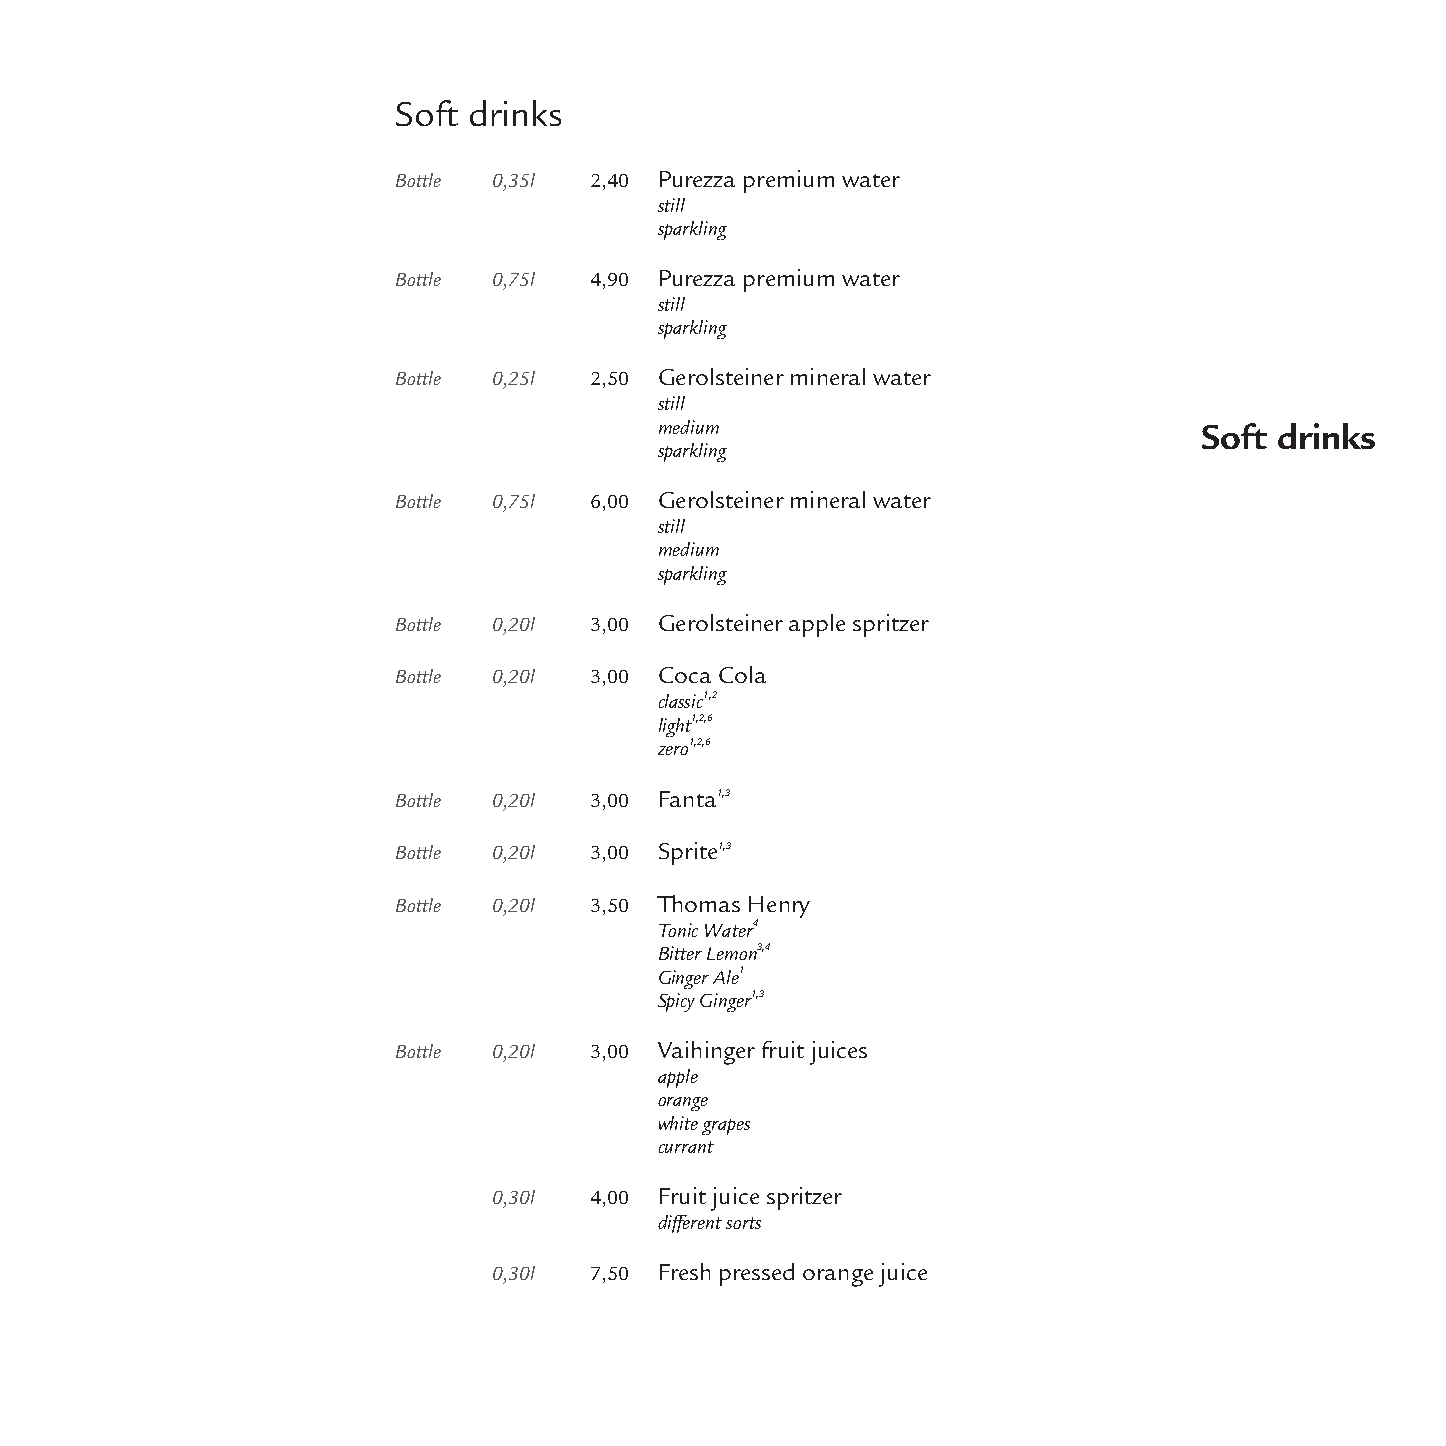
Soft drinks
 Bottle 0,35l 2,40 Purezza premium water
 still
 sparkling
 Bottle 0,75l 4,90 Purezza premium water
 still
 sparkling
 Bottle 0,25l 2,50 Gerolsteiner mineral water
 still
 medium                              Soft drinks
 sparkling
 Bottle 0,75l 6,00 Gerolsteiner mineral water
 still
 medium
 sparkling
 Bottle 0,20l 3,00 Gerolsteiner apple spritzer
 Bottle 0,20l 3,00 Coca Cola
 classic1,2
 light1,2,6
 zero1,2,6
 Bottle 0,20l 3,00 Fanta1,3
 Bottle 0,20l 3,00 Sprite1,3
 Bottle 0,20l 3,50 Thomas Henry
 Tonic Water4
 Bitter Lemon3,4
 Ginger Ale1
 Spicy Ginger1,3
 Bottle 0,20l 3,00 Vaihinger fruit juices
 apple
 orange
 white grapes
 currant
 0,30l 4,00 Fruit juice spritzer
 different sorts
 0,30l 7,50 Fresh pressed orange juice